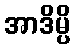
အာဒိမ္ပိ